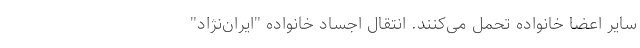
سایر اعضا خانواده تحمل می‌کنند. انتقال اجساد خانواده "ایران‌نژاد"